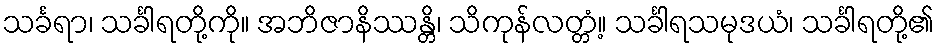
သင်္ခရာ၊ သင်္ခါရတို့ကို။ အဘိဇာနိဿန္တိ၊ သိကုန်လတ္တံ့။ သင်္ခါရသမုဒယံ၊ သင်္ခါရတို့၏